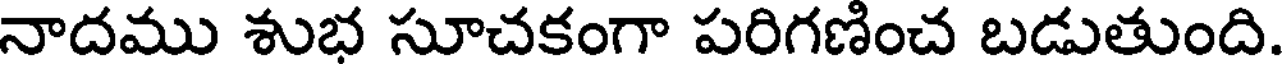
నాదము శుభ సూచకంగా పరిగణించ బడుతుంది.